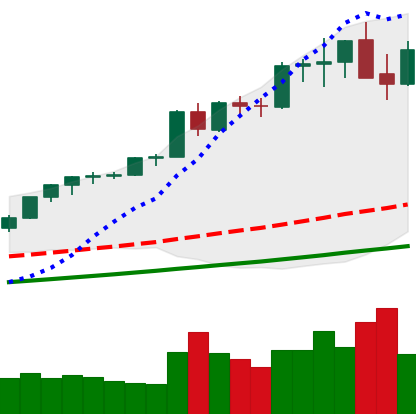
Ticker: ETH-USD
Chart end date: 2021-05-14
Forward return: -39.675%
Label: down_7plus